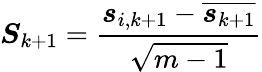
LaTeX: \boldsymbol{S}_{k+1}=\frac{\boldsymbol{s}_{i,k+1}-\overline{{\boldsymbol{s}_{k+1}}}}{\sqrt{m-1}}